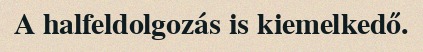
A halfeldolgozás is kiemelkedő.